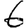
Digit: 6